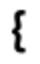
{